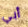
أبي